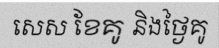
សេស ខែគូ និងថ្ងៃគូ